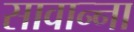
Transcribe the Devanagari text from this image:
सावान्ना